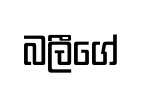
බලීගේ